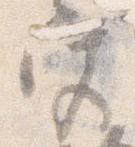
宮